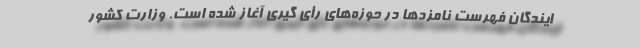
ایندگان فهرست نامزدها در حوزه‌های رأی گیری آغاز شده است. وزارت کشور